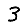
Digit: 3